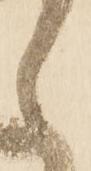
ヽ